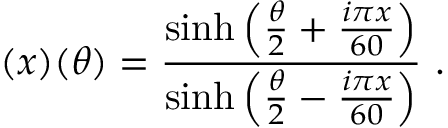
( x ) ( \theta ) = \frac { \sinh \left( \frac { \theta } { 2 } + \frac { i \pi x } { 6 0 } \right) } { \sinh \left( \frac { \theta } { 2 } - \frac { i \pi x } { 6 0 } \right) } ~ .